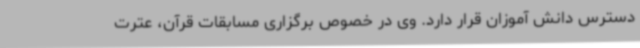
دسترس دانش آموزان قرار دارد. وی در خصوص برگزاری مسابقات قرآن، عترت